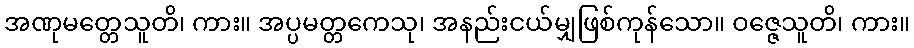
အဏုမတ္တေသူတိ၊ ကား။ အပ္ပမတ္တကေသု၊ အနည်းငယ်မျှဖြစ်ကုန်သော။ ဝဇ္ဇေသူတိ၊ ကား။